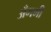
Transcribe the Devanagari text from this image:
अँगमी